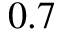
0 . 7